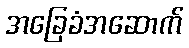
အခြေခံအဆောက်